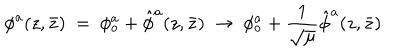
\phi ^ { a } ( z , \bar { z } ) \ = \ \phi _ { o } ^ { a } + { \hat { \phi } } ^ { a } ( z , \bar { z } ) \ \rightarrow \ \phi _ { o } ^ { a } + \frac { 1 } { \sqrt { \mu } } { \hat { \phi } } ^ { a } ( z , \bar { z } )